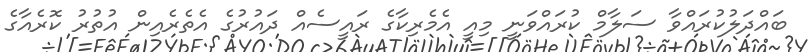
ބައްދަލުކުރައްވާ ސަލާމް ކުރަައްވަނީ މިއީ އެމެރިކާގެ ރައީސެއް ދައުރުގެ އެތެރެއިން އުތުރު ކޮރެއާގެ